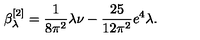
\beta _ { \lambda } ^ { [ 2 ] } = \frac { 1 } { 8 \pi ^ { 2 } } \lambda \nu - \frac { 2 5 } { 1 2 \pi ^ { 2 } } e ^ { 4 } \lambda .